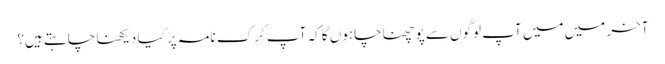
آخر میں میں آپ لوگوں سے پوچھنا چاہوں گا کہ آپ کرک نامہ پر کیا دیکھنا چاہتے ہیں؟